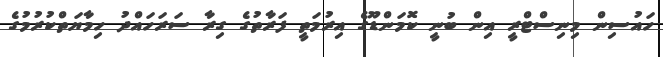
ހައުސިން މިނިސްޓްރީ އިން ބުނީ ކޮމަންޑޫގެ އިރުމަތީ ފަރާތުގެ ގިރާ ސަރަހައްދު ހިމާޔަތްކުރުމުގެ